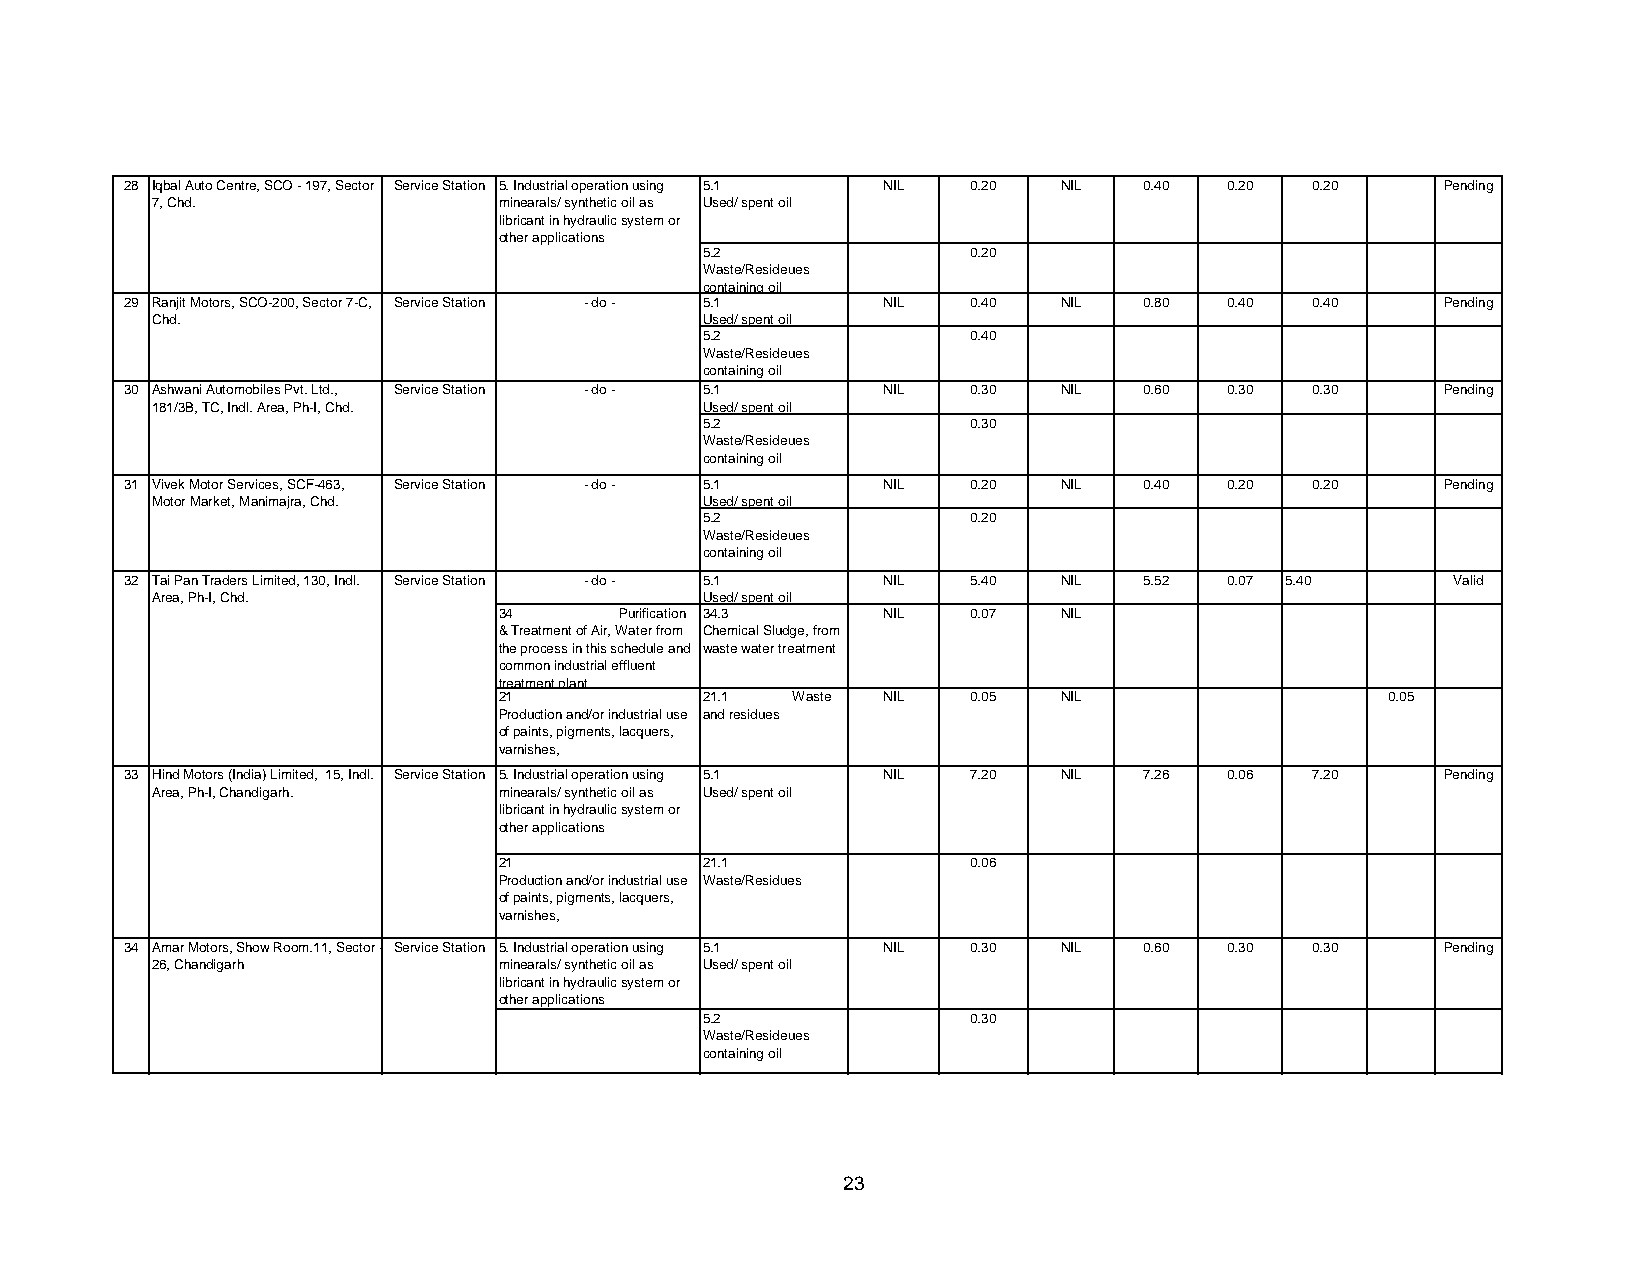
28 Iqbal Auto Centre, SCO - 197, Sector Service Station 5. Industrial operation using 5.1 NIL 0.20 NIL 0.40 0.20 0.20 Pending
 7, Chd.                minearals/ synthetic oil as Used/ spent oil
 libricant in hydraulic system or
 other applications
 5.2              0.20
 Waste/Resideues
 containing oil
 29 Ranjit Motors, SCO-200, Sector 7-C, Service Station - do - 5.1 NIL 0.40 NIL 0.80 0.40 0.40 Pending
 Chd.                                 Used/ spent oil
 5.2              0.40
 Waste/Resideues
 containing oil
 30 Ashwani Automobiles Pvt. Ltd., Service Station - do - 5.1 NIL 0.30 NIL 0.60 0.30 0.30 Pending
 181/3B, TC, Indl. Area, Ph-I, Chd.   Used/ spent oil
 5.2              0.30
 Waste/Resideues
 containing oil
 31 Vivek Motor Services, SCF-463, Service Station - do - 5.1 NIL 0.20 NIL 0.40 0.20 0.20 Pending
 Motor Market, Manimajra, Chd.        Used/ spent oil
 5.2              0.20
 Waste/Resideues
 containing oil
 32 Tai Pan Traders Limited, 130, Indl. Service Station - do - 5.1 NIL 5.40 NIL 5.52 0.07 5.40 Valid
 Area, Ph-I, Chd.                     Used/ spent oil
 34      Purification 34.3 NIL  0.07  NIL
 & Treatment of Air, Water from Chemical Sludge, from
 the process in this schedule and waste water treatment
 common industrial effluent
 treatment plant.
 21            21.1 Waste NIL   0.05  NIL                   0.05
 Production and/or industrial use and residues
 of paints, pigments, lacquers,
 varnishes,
 33 Hind Motors (India) Limited, 15, Indl. Service Station 5. Industrial operation using 5.1 NIL 7.20 NIL 7.26 0.06 7.20 Pending
 Area, Ph-I, Chandigarh. minearals/ synthetic oil as Used/ spent oil
 libricant in hydraulic system or
 other applications
 21            21.1             0.06
 Production and/or industrial use Waste/Residues
 of paints, pigments, lacquers,
 varnishes,
 34 Amar Motors, Show Room.11, Sector - Service Station 5. Industrial operation using 5.1 NIL 0.30 NIL 0.60 0.30 0.30 Pending
 26, Chandigarh         minearals/ synthetic oil as Used/ spent oil
 libricant in hydraulic system or
 other applications
 5.2              0.30
 Waste/Resideues
 containing oil
 23